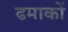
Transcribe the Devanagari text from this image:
ढमाकों